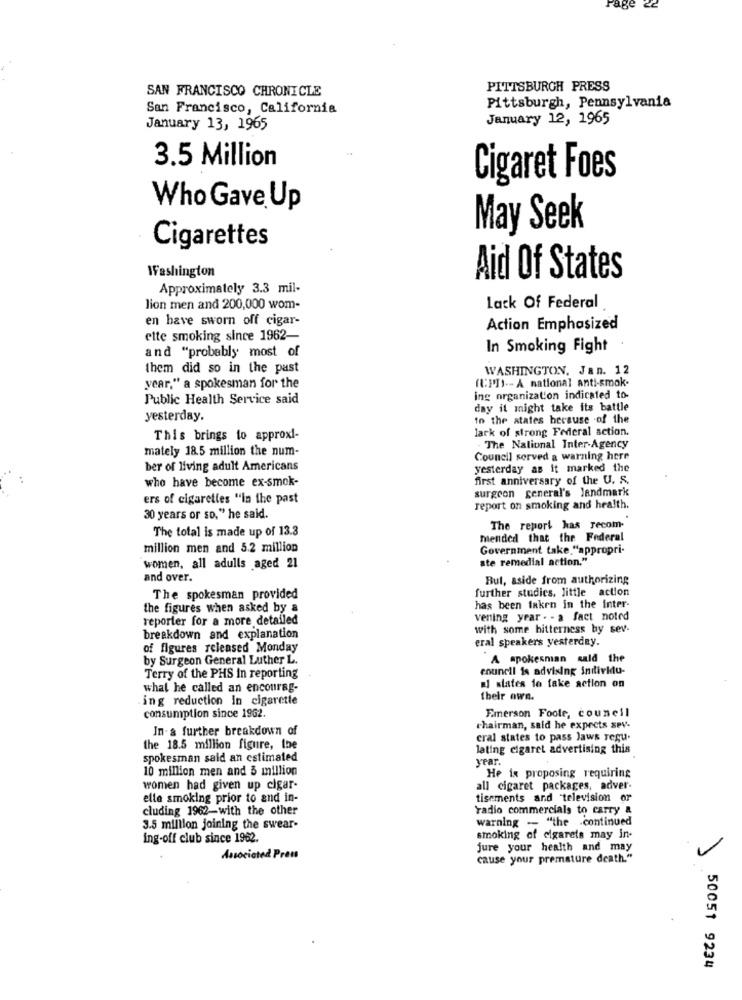
age
SAN FRANCISCO CHRONICLE
PITTSBURGH PRESS
San Francisco, California
Pittsburgh, Pennsylvania
January 12, 1965
January 13, 1965
3.5 Million
Cigaret Foes
Who Gave Up
May Seek
Cigarettes
Washington
Aid Of States
Approximately 3.3 mil-
lion men and 200,000 wom-
Lack Of Federal
en have sworn off cigar-
Action Emphasized
elte smoking since 1962-
and "probably most of
In Smoking Fight
them did so in the past
WASHINGTON. Jan. 12
year," a spokesman for the
(PI) -- A national anti-smok.
Public Health Service said
ing organization indicated to-
day it might take its battle
yesterday.
to the states because of the
lack of strong Federal action.
This brings to approxi-
mately 18.5 million the num-
- The Nalional Inter-Agency
Council served a warning here
ber of living adult Americans
yesterday as it marked the
who have become ex-smok-
first anniversary of the U. S.
surgeon general's landmark
ers of cigarettes "in the past
report on smoking and health.
30 years or so," he said.
The total is made up of 13.3
The report has recom-
mended that the Federal
million men and 5.2 million
Government take "appropri-
ate remedial action."
women, all adulls aged 21
and over.
Bul, aside from authorizing
further studies, little action
The spokesman provided
the figures when asked by a
has been taken in the inter-
reporter for a more detailed
vening year . - a fact noted
with some bitterness by sev-
breakdown and explanation
eral speakers yesterday.
of figures released Monday
by Surgeon General Luther L.
A spokesman said the
council is advising individu-
Terry of the PHS In reporting
what he called an encourag-
al states to take action on
ing reduction in cigarette
their own.
Emerson Foote, council
consumption since 1962.
In- a further breakdown of
chairman, said he expects sev-
cral states to pass laws regu.
the 18.5 million figure, the
lating cigaret advertising this
spokesman said an estimated
year.
10 million men and 5 million
He ix proposing requiring
women had given up cigar-
all cigaret packages, adver-
elle smoking prior to and in-
tisements and television or
cluding 1962-with the other
radio commercials to carry a
warning -- "the .continued
3.5 million joining the swear-
ing-off club since 1962.
smoking of cigarets may in-
jure your health and may
Associated Press
cause your premature death."
50051 9234